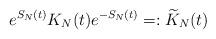
LaTeX: \begin{align*}e^{S_{N}(t)}K_{N}(t)e^{-S_{N}(t)}=: \widetilde{K}_{N}(t)\end{align*}